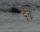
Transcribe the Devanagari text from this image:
दूँढ़